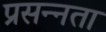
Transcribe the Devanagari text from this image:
प्रसन्‍नता